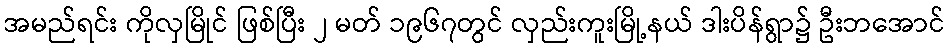
အမည်ရင်း ကိုလှမြိုင် ဖြစ်ပြီး ၂ မတ် ၁၉၆၇တွင် လှည်းကူးမြို့နယ် ဒါးပိန်ရွာ၌ ဦးဘအောင်